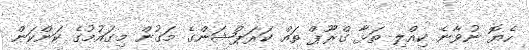
ހެޔޮ ނުވާނެ ކިއްލި ތަޅާ ގްރޫޕް ތައް ކަރަޕްޝަންގެ މަގުން މިގައުމުގެ ކަންކަން